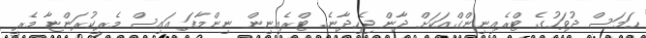
ހަމަސް ދުވަހުގެ ޓްރެއިނިންގްއަކަށް ދާން ޖެހިދާނެ. ޓްރެއިނިން ނިންމާފަ އައިސް މެރީކުރަންޏާ މެރީ